Leaving Certificate Examination (including Day School Certificate (Higher) General paper), 1931
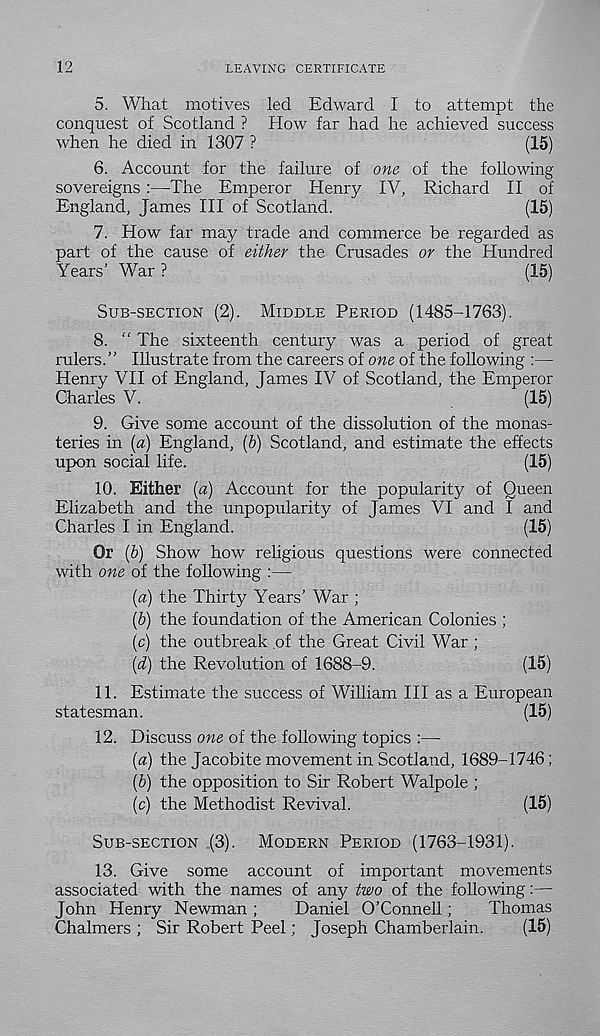
12
LEAVING CERTIFICATE
5. What motives led Edward I to attempt the
conquest of Scotland ? How far had he achieved success
when he died in 1307 ?
(15)
6. Account for the failure of one of the following
sovereigns:—The Emperor Henry IV, Richard II of
England, James III of Scotland.
(15)
7. How far may trade and commerce be regarded as
part of the cause of either the Crusades or the Hundred
Years’ War ?
(15)
SUB-SECTION (2). MIDDLE PERIOD (1485-1763).
8. “ The sixteenth century was a period of great
rulers.” Illustrate from the careers of one of the following :—
Henry VII of England, Tames IV of Scotland, the Emperor
Charles V.
(15)
9. Give some account of the dissolution of the monas-
teries in [a) England, (5) Scotland, and estimate the effects
upon social life.
(15)
10. Either {a) Account for the popularity of Queen
Elizabeth and the unpopularity of James VI and I and
Charles I in England.
(15)
Or (6) Show how religious questions were connected
with one of the following :—
[a) the Thirty Years’ War ;
[h) the foundation of the American Colonies ;
(c) the outbreak of the Great Civil War ;
(d) the Revolution of 1688-9.
(15)
11. Estimate the success of William III as a European
statesman.
(15)
12. Discuss one of the following topics :—
(а) the Jacobite movement in Scotland, 1689-1746;
(б) the opposition to Sir Robert Walpole ;
(c) the Methodist Revival.
(15)
SUB-SECTION (3). MODERN PERIOD (1763-1931).
13. Give some account of important movements
associated with the names of any two of the following:—
John Henry Newman ;
Daniel O’Connell;
Thomas
Chalmers ; Sir Robert Peel; Joseph Chamberlain.
(15)